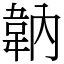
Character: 䪏